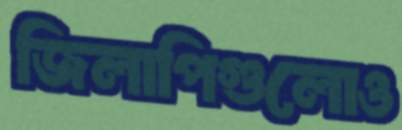
জিলাপিগুলোও